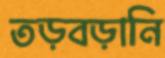
তড়বড়ানি